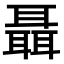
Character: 聶